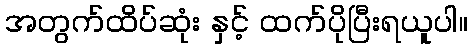
အတွက်ထိပ်ဆုံး နှင့် ထက်ပိုပြီးရယူပါ။